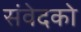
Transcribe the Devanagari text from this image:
संवेदको